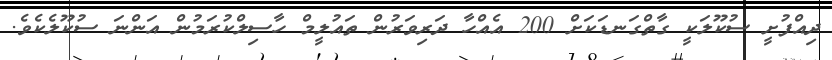
ދިއްފުށީ ސުކޫލަކީ ގާތްގަނޑަކަށް 200 އެއްހާ ދަރިވަރުން ތައުލީމް ހާސިލްކުރަމުން އަންނަ ސުކޫލެކެވެ.